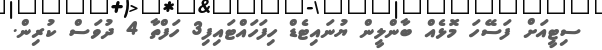
ސިޓީއަށް ފަސޭހަ މޮޅެއް ބާންލީން ޔުނައިޓެޑް ހިފަހައްޓައިފި3 ހަފްތާ 4 ދުވަސް ކުރިން.